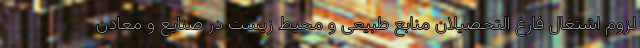
لزوم اشتغال فارغ التحصیلان منابع طبیعی و محیط زیست در صنایع و معادن